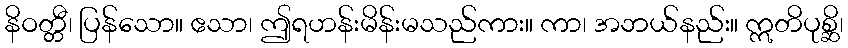
နိဝတ္တီ၊ ပြန်သော။ ဧသာ၊ ဤရဟန်းမိန်းမသည်ကား။ ကာ၊ အဘယ်နည်း။ ဣတိပုစ္ဆိ၊